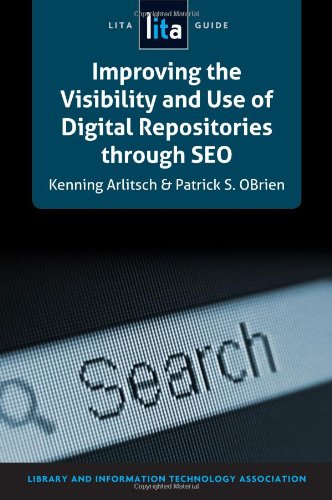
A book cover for Improving the Visibility and Use of Digital Repositories through SEO: A LITA Guide (Lita Guides); Kenning Arlitsch; Computers & Technology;